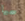
سحبها